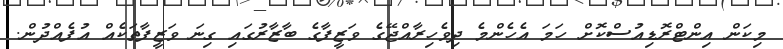
މިކަން އިންޓްރޮޑިއުސްކޮށް ހަމަ އެހެންމެ ދިވެހިރާއްޖޭގެ ވަޒީފާގެ ބާޒާރުގައި ގިނަ ވަޒީފާތަކެއް އުފެއްދުން.